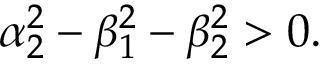
\alpha _ { 2 } ^ { 2 } - \beta _ { 1 } ^ { 2 } - \beta _ { 2 } ^ { 2 } > 0 .